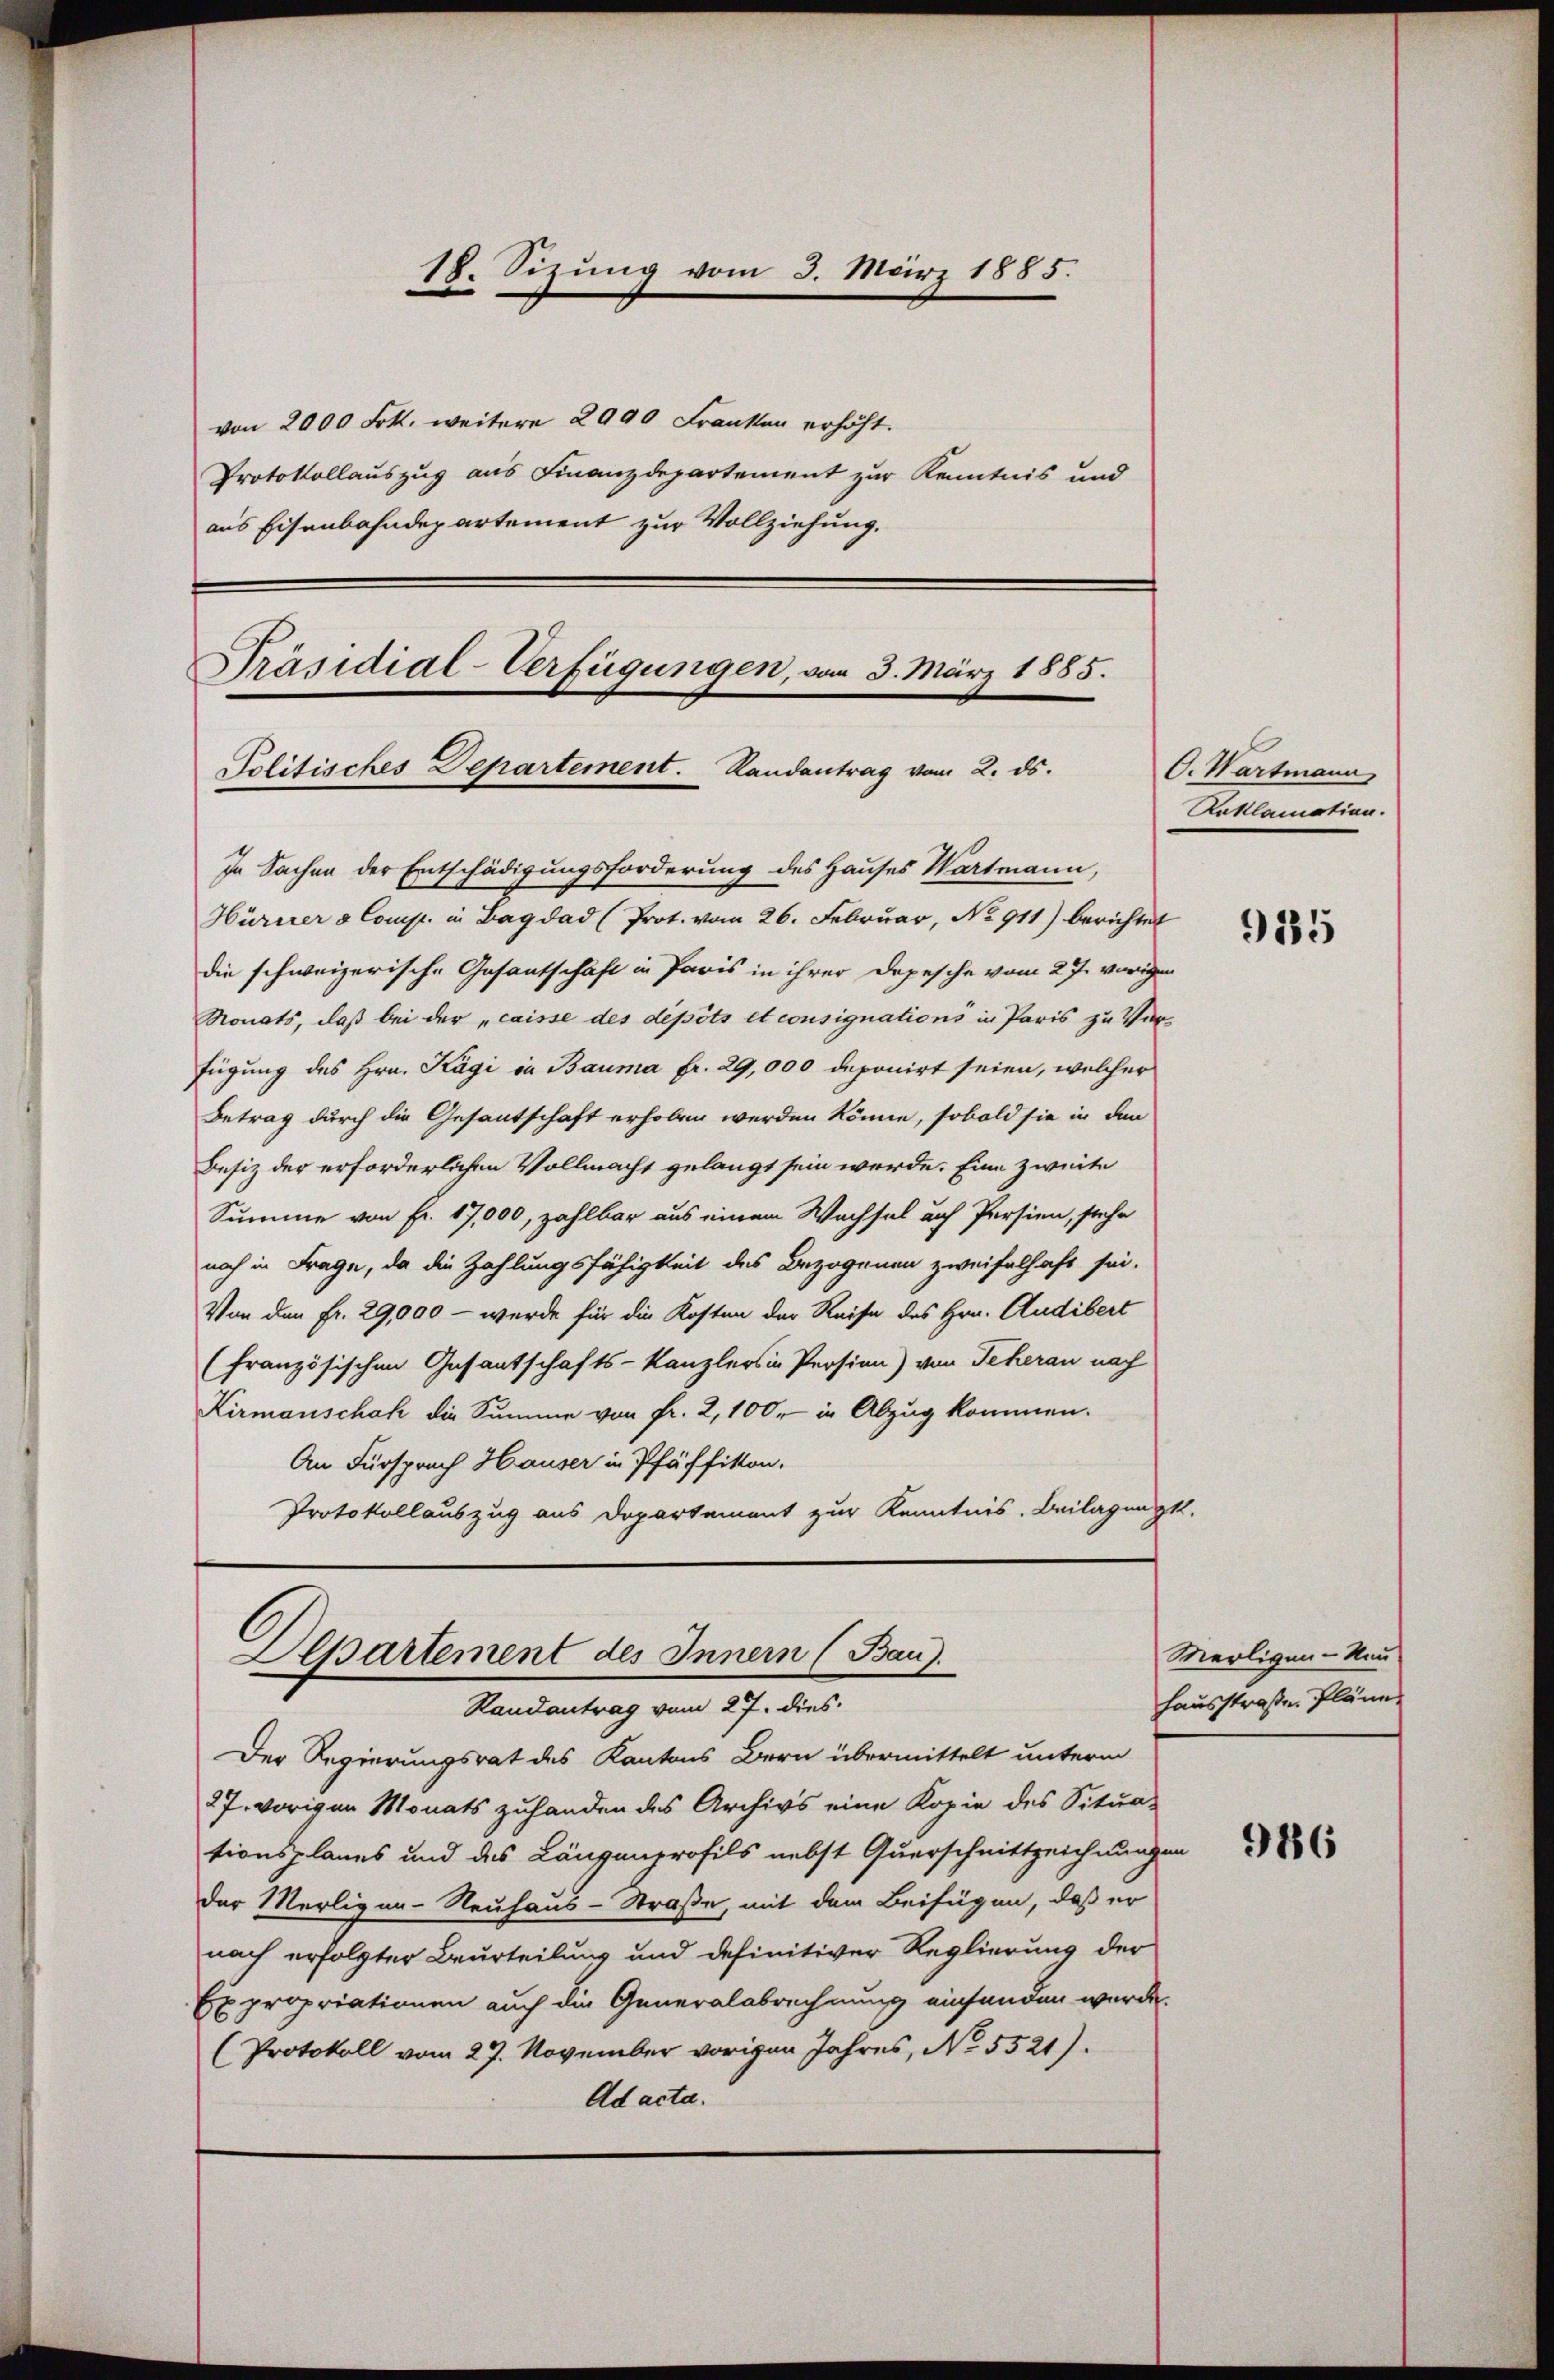
18. Sizung vom 3. März 1885.

von 2000 Frk. weitere 2990 Franken erhöht.
Protokollauszug aus Finanzdepartement zur Kenntnis und
aus Eisenbahndepartement zur Vollziehung.

Präsidial-Verfügungen, vom 3. März 1885.
Politisches Departement. Randantrag vom 2. ds.

In Sachen der Entschädigungsforderung des Hauses Wartmann,
Hürrer & Comp. in Bagdad (Prot. vom 26. Februar, No 911) berichtet
die schweizerische Gesantschaft in Paris in ihrer Depesche vom 27. vorigen
Monats, daß bei der „caisse des depots et consignations in Paris zu Ver-
fügung des Hrn. Kägi in Bauma fr. 29,000 deponirt seien, welcher
Betrag durch die Gesantschaft erhoben werden könne, sobald sie in den
Besiz der erforderlichen Vollmacht gelangt sein werde. Eine zweite
Summe von Fr. 17,000, zahlbar aus einem Wachsel auf Persien, stehe
noch in Frage, da die Zahlungsfähigkeit des Bezogenen zweifelhaft sei.
Von den Fr. 29,000 - werde für die Kosten der Reise des Hrn. Audibert
(französischen Gesantschafts-Kanzlers in Persion) von Therau nach
Kirmanschah die Summe von Fr. 2, 100. in Abzug kommen.
An Fürsprach Hauser in Pfäffikon.
Protokollauszug aus Departement zur Kenntnis. Beilagungs-

Departement des Innern (Bau).
Randantrag vom 27. dies

O. Wartmann
Roklamation.

Der Regierungsrat des Kantons Bern übermittelt unterm
27. vorigen Monats zuhanden des Archivs eine Kopie des Situa-
tionsplanes und des Längenprofils nebst Querschnittzeichnungen
der Merligen-Neuhaus-Straße, mit dem Beifügen, daß er
nach erfolgter Beurteilung und definitiver Regierung der
Expropriationen auch die Generalabrechnung einfunden wurde.
(Protokoll vom 27. November vorigen Jahres, No. 5521).
Ad acta.

Merligen - Neu-
hausstraßen Pläne.

955

986